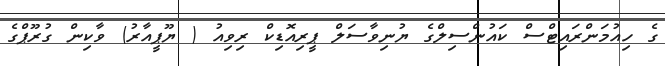
ގެ ހިއުމަންރައިޓްސް ކައުންސިލްގެ ޔުނިވާސަލް ޕީރިއޮޑިކް ރިވިއު ( ޔޫޕީއާރު) ވާކިން ގުރޫޕްގެ